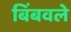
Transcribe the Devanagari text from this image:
बिंबवले